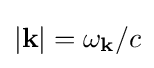
|\mathbf {k} |=\omega _{\mathbf {k} }/c